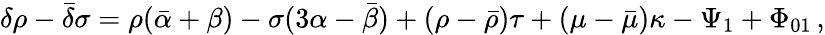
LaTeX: \delta\rho-{\bar{\delta}}\sigma=\rho({\bar{\alpha}}+\beta)-\sigma(3\alpha-{\bar{\beta}})+(\rho-{\bar{\rho}})\tau+(\mu-{\bar{\mu}})\kappa-\Psi_{1}+\Phi_{01}\, ,